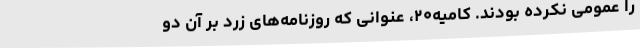
را عمومی نکرده بودند. کامیه۲۰، عنوانی که روزنامه‌های زرد بر آن دو